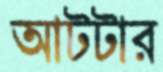
আটটার